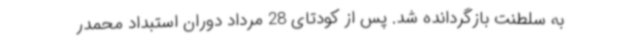
به سلطنت بازگردانده شد. پس از کودتای 28 مرداد دوران استبداد محمدر